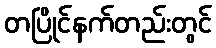
တပြိုင်နက်တည်းတွင်